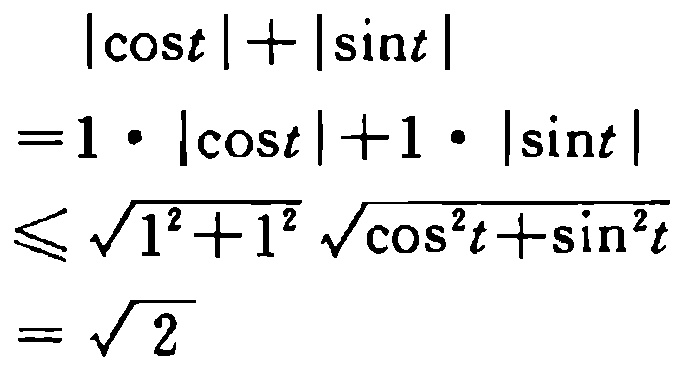
\[
\begin{align*}
&|\cos t|+|\sin t|\\
=&1\cdot|\cos t| + 1\cdot|\sin t|\\
\leqslant&\sqrt{1^{2}+1^{2}}\sqrt{\cos^{2}t+\sin^{2}t}\\
=&\sqrt{2}
\end{align*}
\]